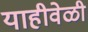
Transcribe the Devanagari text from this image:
याहीवेळी